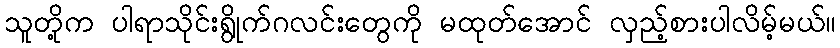
သူတို့က ပါရာသိုင်းရွိုက်ဂလင်းတွေကို မထုတ်အောင် လှည့်စားပါလိမ့်မယ်။